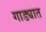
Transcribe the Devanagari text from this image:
गाड्यात